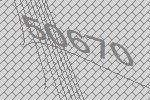
50670